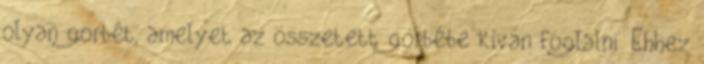
olyan görbét, amelyet az összetett görbébe kíván foglalni. Ehhez